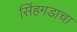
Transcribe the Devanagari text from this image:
सिंहगडाचा